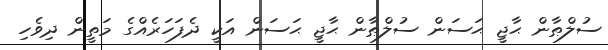
ސުލްޠާން ޙާޖީ ޙަސަން ސުލްޠާން ޙާޖީ ޙަސަން އަކީ ދެފަހަރެއްގެ މަތީން ދިވެހި